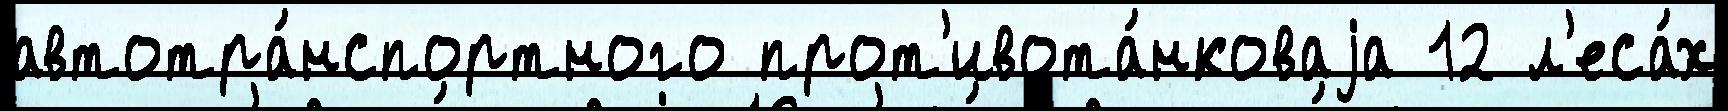
автотра́нспортного прот'ивота́нковаjа 12 л'еса́х